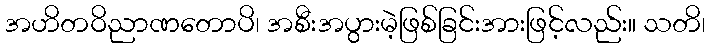
အဟိတဝိညာဏတောပိ၊ အစီးအပွားမဲ့ဖြစ်ခြင်းအားဖြင့်လည်း။ သတိ၊